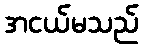
အငယ်မသည်